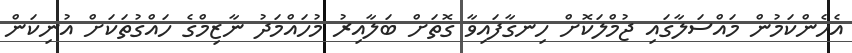
އެހެންކަމުން މައްސަލާގައި ޖުމްލަކޮށް ހިނގާފައިވާ ގޮތަށް ބަލާއިރު މުހައްމަދު ނާޒިމްގެ ހައްގުތަކަށް އުނިކަން